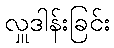
လှူဒါန်းခြင်း